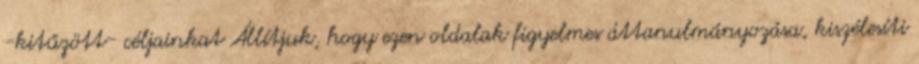
-kitűzött- céljainkat Állítjuk, hogy ezen oldalak figyelmes áttanulmányozása, kiszélesíti